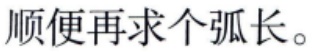
顺便再求个弧长。